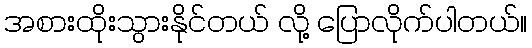
အစားထိုးသွားနိုင်တယ် လို့ ပြောလိုက်ပါတယ်။